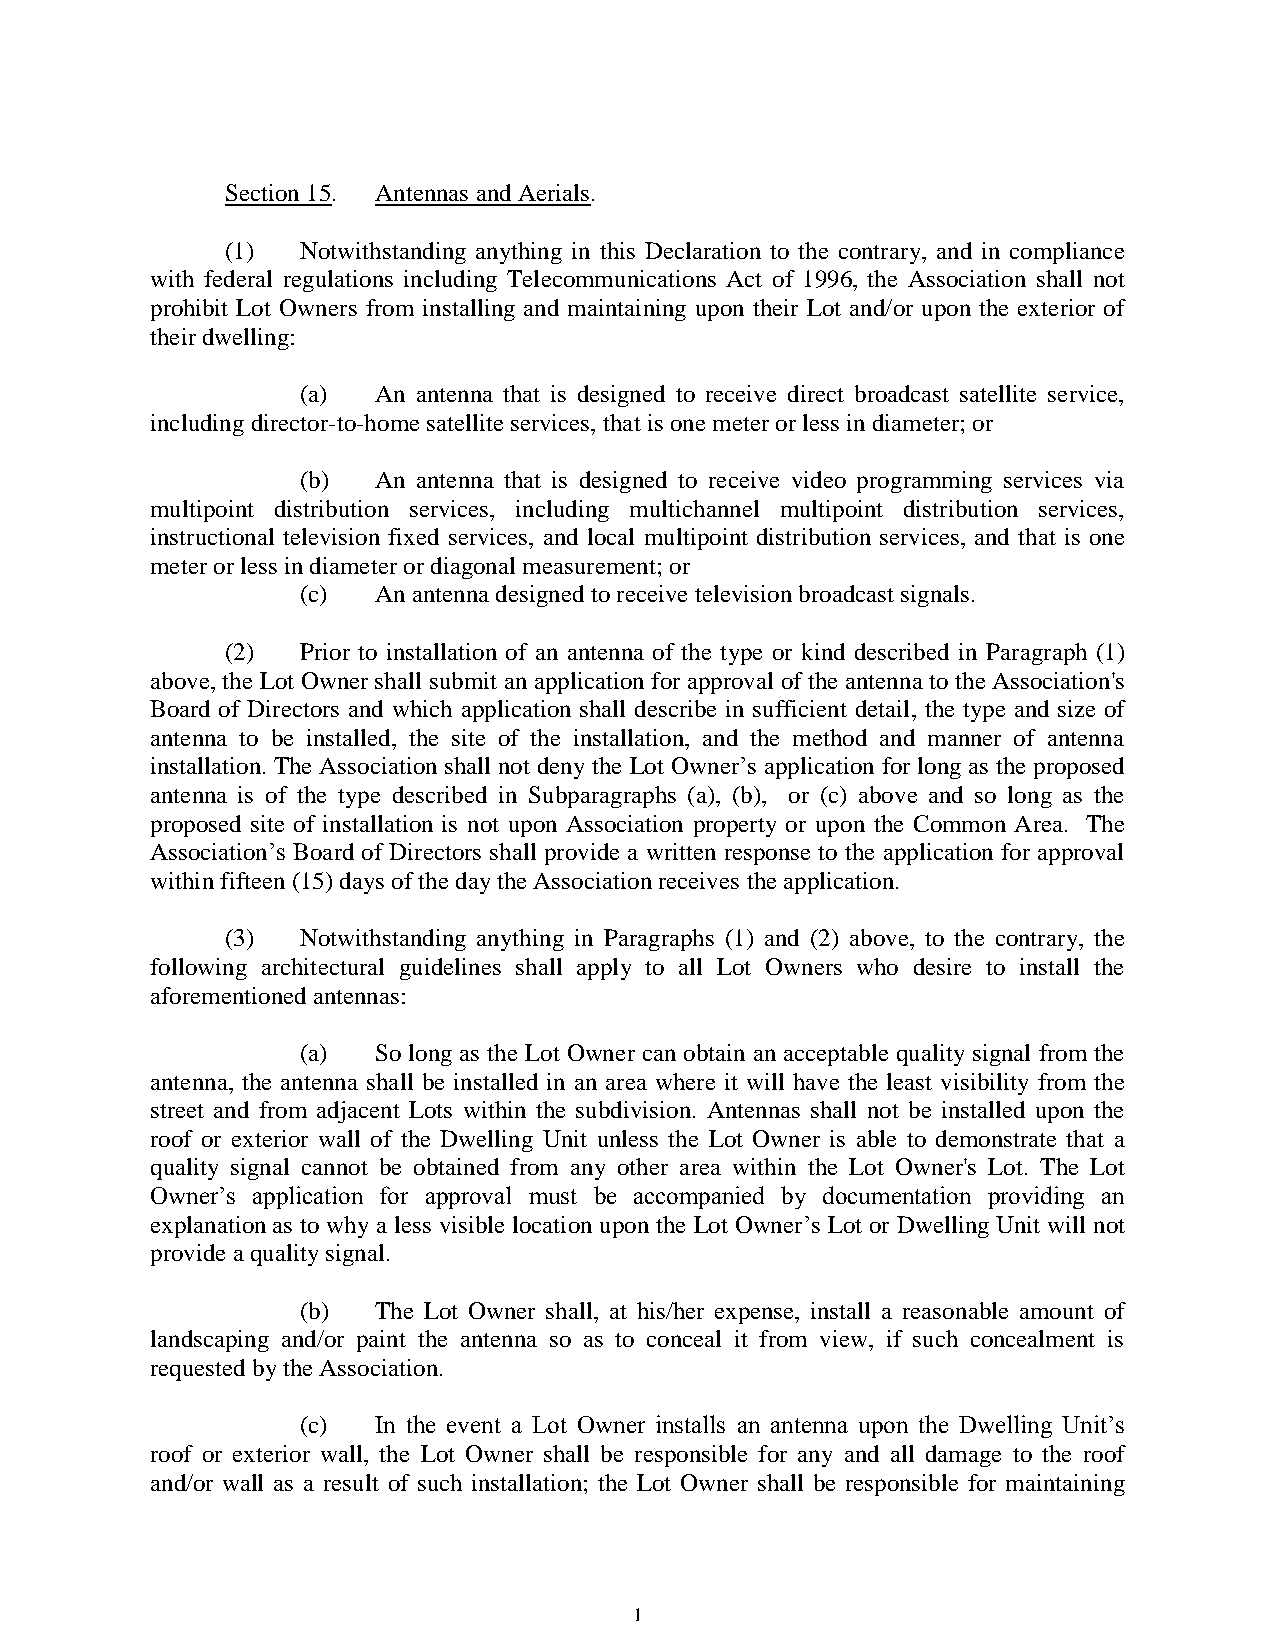
Section 15. Antennas and Aerials.
 (1)  Notwithstanding anything in this Declaration to the contrary, and in compliance
 with federal regulations including Telecommunications Act of 1996, the Association shall not
 prohibit Lot Owners from installing and maintaining upon their Lot and/or upon the exterior of
 their dwelling:
 (a)  An antenna that is designed to receive direct broadcast satellite service,
 including director-to-home satellite services, that is one meter or less in diameter; or
 (b)  An antenna that is designed to receive video programming services via
 multipoint distribution services, including multichannel multipoint distribution services,
 instructional television fixed services, and local multipoint distribution services, and that is one
 meter or less in diameter or diagonal measurement; or
 (c)  An antenna designed to receive television broadcast signals.
 (2)  Prior to installation of an antenna of the type or kind described in Paragraph (1)
 above, the Lot Owner shall submit an application for approval of the antenna to the Association's
 Board of Directors and which application shall describe in sufficient detail, the type and size of
 antenna to be installed, the site of the installation, and the method and manner of antenna
 installation. The Association shall not deny the Lot Owner’s application for long as the proposed
 antenna is of the type described in Subparagraphs (a), (b), or (c) above and so long as the
 proposed site of installation is not upon Association property or upon the Common Area. The
 Association’s Board of Directors shall provide a written response to the application for approval
 within fifteen (15) days of the day the Association receives the application.
 (3)  Notwithstanding anything in Paragraphs (1) and (2) above, to the contrary, the
 following architectural guidelines shall apply to all Lot Owners who desire to install the
 aforementioned antennas:
 (a)  So long as the Lot Owner can obtain an acceptable quality signal from the
 antenna, the antenna shall be installed in an area where it will have the least visibility from the
 street and from adjacent Lots within the subdivision. Antennas shall not be installed upon the
 roof or exterior wall of the Dwelling Unit unless the Lot Owner is able to demonstrate that a
 quality signal cannot be obtained from any other area within the Lot Owner's Lot. The Lot
 Owner’s application for approval must be accompanied by documentation providing an
 explanation as to why a less visible location upon the Lot Owner’s Lot or Dwelling Unit will not
 provide a quality signal.
 (b)  The Lot Owner shall, at his/her expense, install a reasonable amount of
 landscaping and/or paint the antenna so as to conceal it from view, if such concealment is
 requested by the Association.
 (c)  In the event a Lot Owner installs an antenna upon the Dwelling Unit’s
 roof or exterior wall, the Lot Owner shall be responsible for any and all damage to the roof
 and/or wall as a result of such installation; the Lot Owner shall be responsible for maintaining
 1